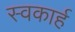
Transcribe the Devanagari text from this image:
स्वकार्ह